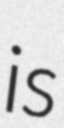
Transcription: is